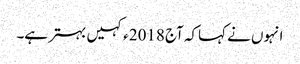
انہوں نے کہاکہ آج 2018ء کہیں بہتر ہے۔